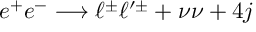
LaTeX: e ^ { + } e ^ { - } \longrightarrow \ell ^ { \pm } \ell ^ { \prime \pm } + \nu \nu + 4 j